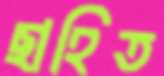
ছাহিত